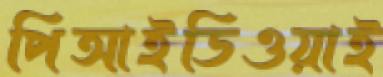
পিআইডিওয়াই